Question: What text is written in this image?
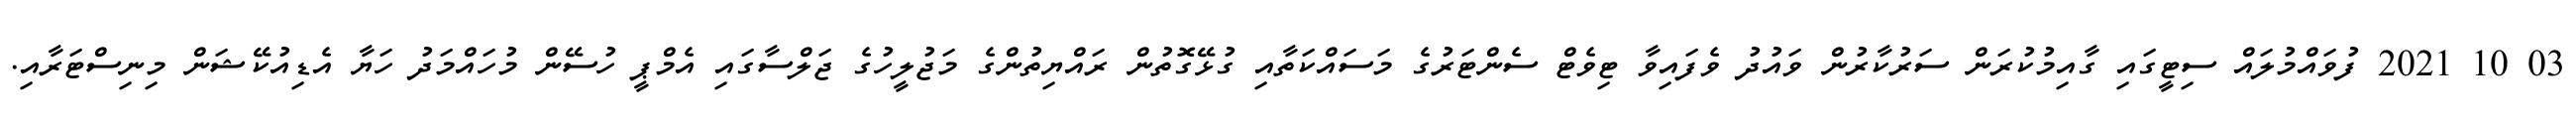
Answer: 03 10 2021 ފުވައްމުލައް ސިޓީގައި ގާއިމުކުރަން ސަރުކާރުން ވައުދު ވެފައިވާ ޓިވެޓް ސެންޓަރުގެ މަސައްކަތާއި ގުޅޭގޮތުން ރައްޔިތުންގެ މަޖުލީހުގެ ޖަލްސާގައި އެމްޕީ ހުސޭން މުހައްމަދު ހަޔާ އެޑިއުކޭޝަން މިނިސްޓަރާއި.